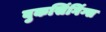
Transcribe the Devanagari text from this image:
बुकसिंगिंग्स